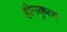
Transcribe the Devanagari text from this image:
हीनकृत्य